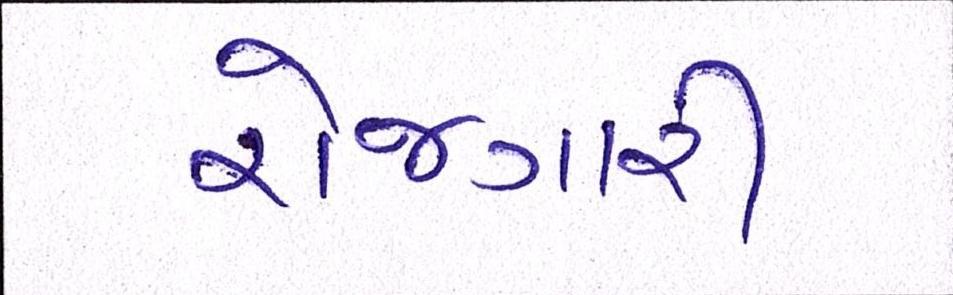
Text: રોજગારી